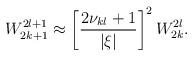
LaTeX: \begin{align*}W_{2k+1}^{2l+1}\approx\left[\frac {2\nu_{kl}+1}{|\xi |}\right]^2W_{2k}^{2l}.\end{align*}